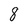
Character: 8